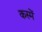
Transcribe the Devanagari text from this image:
कस्में